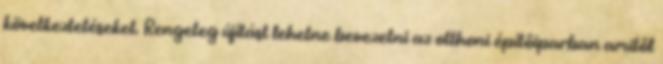
következtetéseket. Rengeteg újítást lehetne bevezetni az otthoni építőiparban amitől